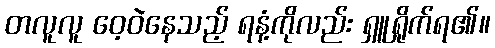
တလူလူ ဝေ့ဝဲနေသည့် ရနံ့ကိုလည်း ရှူရှိုက်ရ၏။